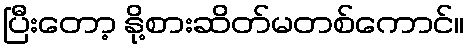
ပြီးတော့ နို့စားဆိတ်မတစ်ကောင်။